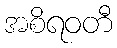
အစိရဝတီ